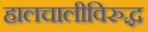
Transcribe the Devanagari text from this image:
हालचालीविरुद्ध